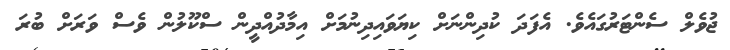
ޖުވެލް ސެންޓަރުގައެވެ. އެފަދަ ކުދިންނަށް ކިޔަވައިދިނުމަށް އިމާދުއްދީން ސްކޫލުން ވެސް ވަރަށް ބުރަ